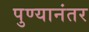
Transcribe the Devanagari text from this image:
पुण्यानंतर